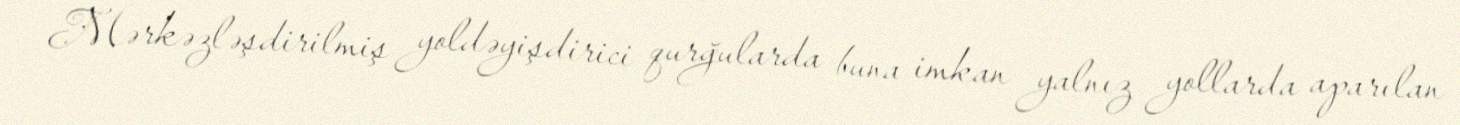
Mərkəzləşdirilmiş yoldəyişdirici qurğularda buna imkan yalnız yollarda aparılan